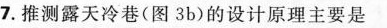
7.推测露天冷巷(图3b)的设计原理主要是